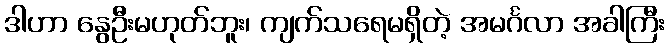
ဒါဟာ နွေဦးမဟုတ်ဘူး၊ ကျက်သရေမရှိတဲ့ အမင်္ဂလာ အခါကြီး